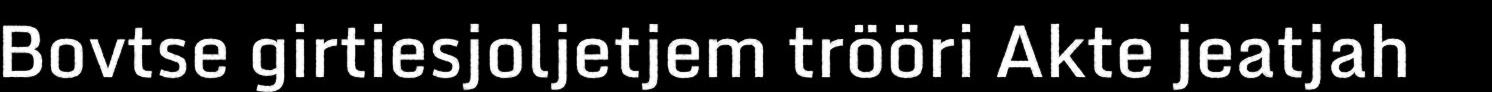
Bovtse girtiesjoljetjem trööri Akte jeatjah